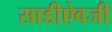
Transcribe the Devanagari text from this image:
साडीऐवजी